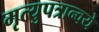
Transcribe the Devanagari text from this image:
मृत्युपत्रान्वये